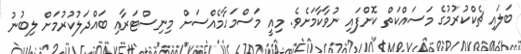
ބަލައި ޗެކްކުރުމުގެ މަސައްކަތް ކޮށްފައި ނުވާކާމަށެވެ. މިއީ މަސްމަހާމެއްސަށް މިނިސްޓަރާއި ބައްދަލުކުރުމަށް ލިބުނު